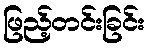
ဖြည့်တင်းခြင်း